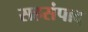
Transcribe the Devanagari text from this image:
सहसंपाद